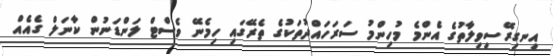
އިނގިރޭސިވިލާތުގެ އެންމެ މުހިންމު ސަރަހައްދުތަކުގެ ތެރޭގައި ހިމެނޭ ވެސްޓް ލަންޑަނުން ކާނަލް ގެއެއް